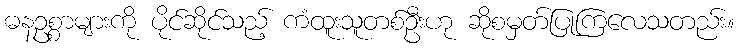
ဓနဥစ္စာများကို ပိုင်ဆိုင်သည့် ကံထူးသူတစ်ဦးဟု ဆိုစမှတ်ပြုကြလေသတည်း။